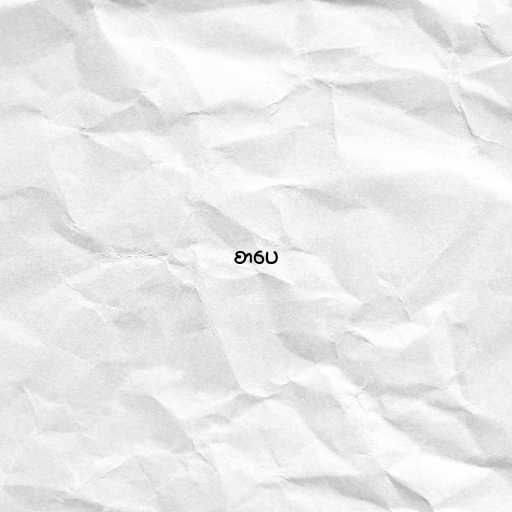
စာပေ